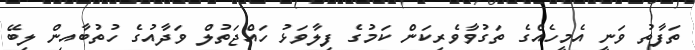
ތަފާތު ވަނީ އެމީހެއްގެ ތަގުވާވެރިކަން ކަމުގެ ފިލާވަޅު ހައްޖަތުލް ވަދާއުގެ ހުތުބާއިން ލިބޭ